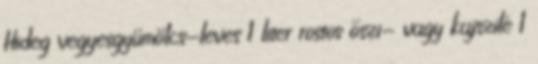
Hideg vegyesgyümölcs-leves 1 liter rostos őszi- vagy kajszilé 1